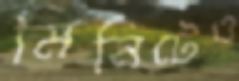
মিনিটেও